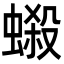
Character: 𧏫